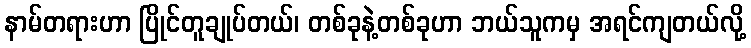
နာမ်တရားဟာ ပြိုင်တူချုပ်တယ်၊ တစ်ခုနဲ့တစ်ခုဟာ ဘယ်သူကမှ အရင်ကျတယ်လို့